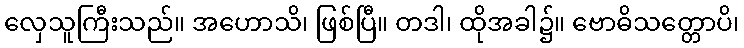
လှေသူကြီးသည်။ အဟောသိ၊ ဖြစ်ပြီ။ တဒါ၊ ထိုအခါ၌။ ဗောဓိသတ္တောပိ၊